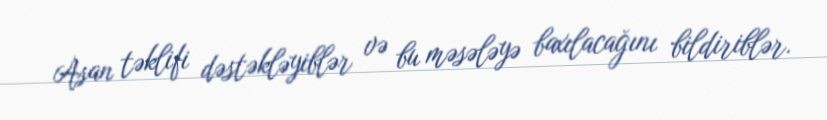
Asan təklifi dəstəkləyiblər və bu məsələyə baxılacağını bildiriblər.